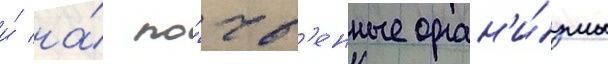
и́ на́ по́чв'енные орган'и́змы